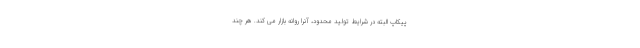
پیکاپ البته در شرایط تولید محدود، آنرا روانه بازار می کند. هر چند